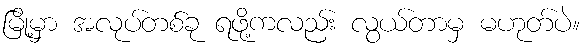
မြို့မှာ အလုပ်တစ်ခု ရဖို့ကလည်း လွယ်တာမှ မဟုတ်ပဲ။